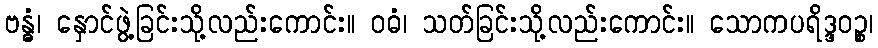
ဗန္ဓံ၊ နှောင်ဖွဲ့ခြင်းသို့လည်းကောင်း။ ဝဓံ၊ သတ်ခြင်းသို့လည်းကောင်း။ သောကပရိဒ္ဒဝဉ္စ၊